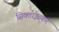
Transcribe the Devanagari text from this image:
सिक्ताइव्कर